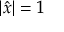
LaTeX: | { \hat { x } } | = 1